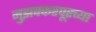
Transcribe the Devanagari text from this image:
मुझफ्फरपूरच्या